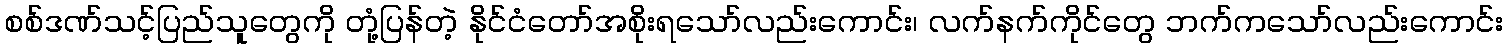
စစ်ဒဏ်သင့်ပြည်သူတွေကို တုံ့ပြန်တဲ့ နိုင်ငံတော်အစိုးရသော်လည်းကောင်း၊ လက်နက်ကိုင်တွေ ဘက်ကသော်လည်းကောင်း